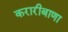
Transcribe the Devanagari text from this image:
करारीबाणा